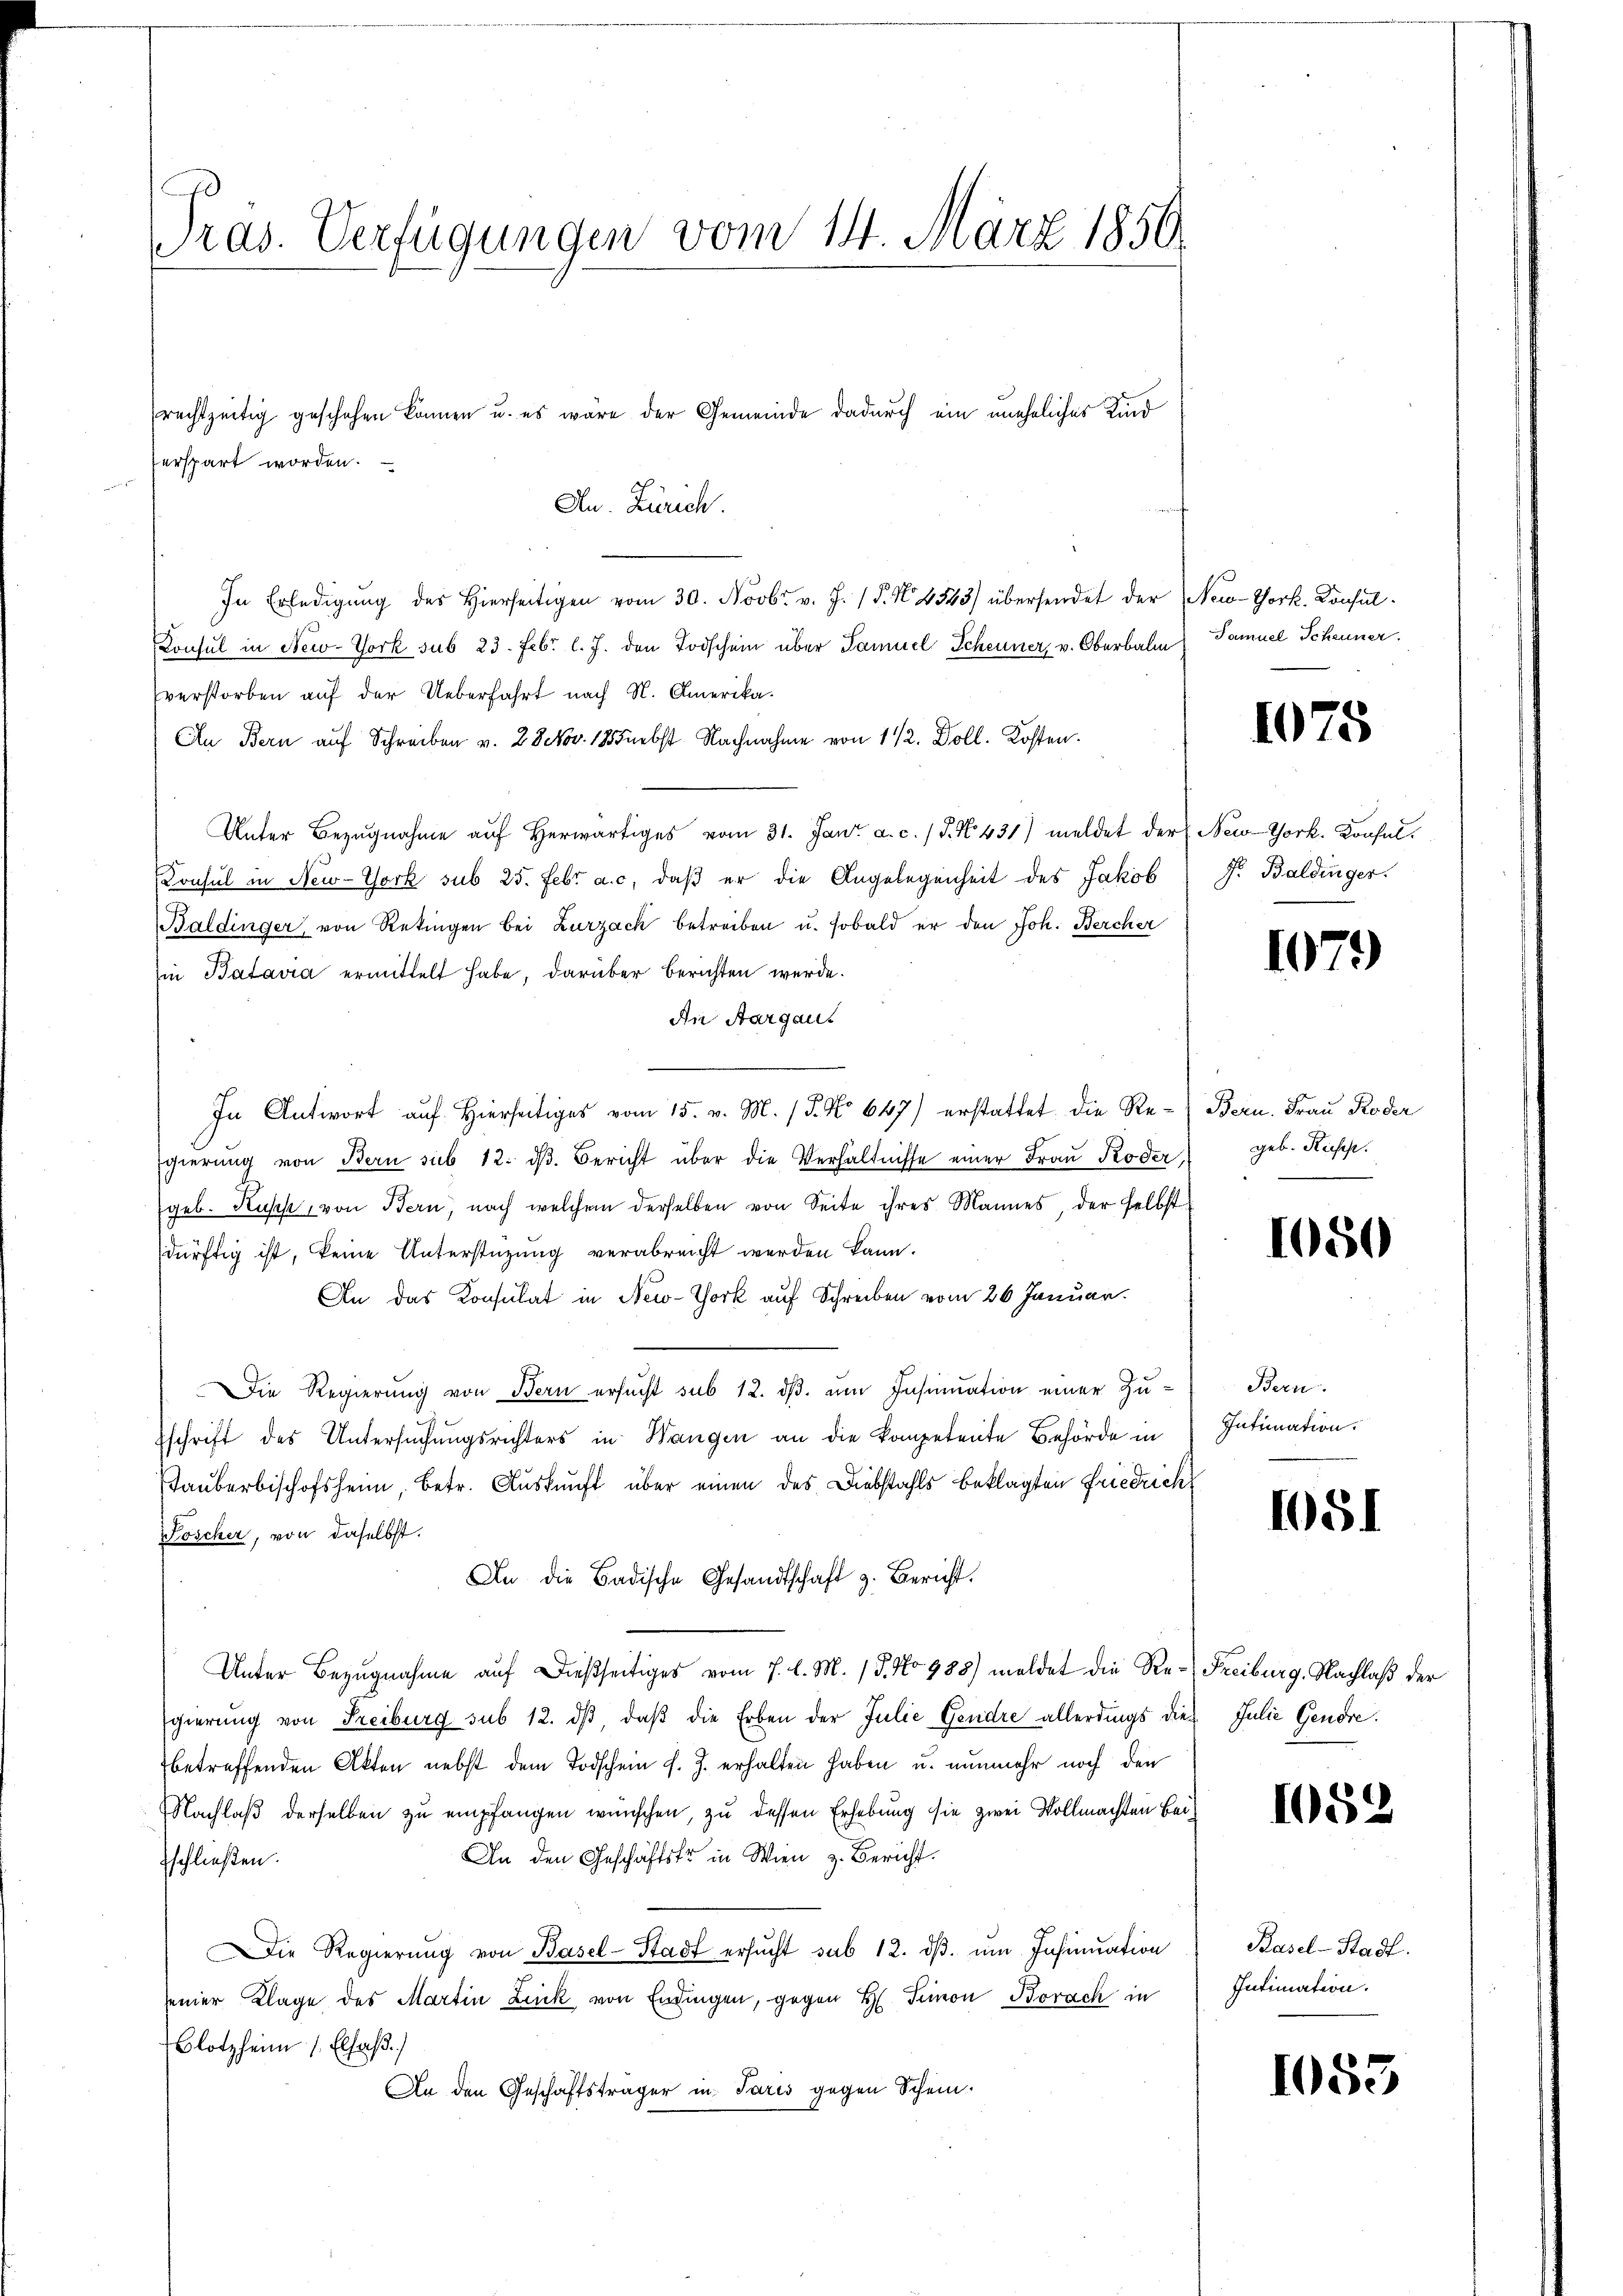
Pras. Verfügungen vom 14. März 1850.

erspart worden.

Au. Zürich.
In Erledigŭng des hierseitigen vom 30. Novbr. v. J. P. N. 4543) übersendet der New-York. Konsul-
Konsul in New-York sub 23. Febr. l. J. den Todschein über Samuel Scheuner, v. Oberbalm
verstorben auf der Ueberfahrt nach N. Amerika.
An Bern auf Schreiben v. 28 Nov. 18 nebst Nachnahme von 1 1/2. Doll. Kosten.
Unter Bezŭgnahme aŭf herwärtiges vom 31. Jan. a. c. 1 S. N. 431) meldet der
Konsul in New-York sub 25. Febr. a. c. daß er die Angelegenheit des Jakob
Baldinger, von Retingen bei Zurzach betreiben u. sobald er den Joh. Bercher
Ein Batavia ermittelt habe, darüber berichten werde.
An Aargaus
In Antwort auf Hierseitiges vom 15. v. M. P. No 647) erstattet die Regierŭng von Bern sub 12. dβ. Bericht über die Verhältnisse einer Frau Roder geb. Keises.
geb. Kuss, von Bern, nach welchem derselben von Seite ihres Mannes, der selbst
dürftig ist, keine Unterstüzung verabreicht werden kann.
An das Konsulat in New-York auf Schreiben vom 26 Januar.
Die Regierung von Bern ersucht sub 12. ds. um Insinuation einer Zusschrift des Untersuchungsrichters in Wangen an die Kompetente Behörde in
Taŭberbischofsheim, betr. Auskunft über einen des Diebstahls beklagten Friedrich
Woscher, von daselbst.
An die Badische Gesandtschaft z. Bericht.
Unter Bezugnahme auf dießseitiges vom 7. l. M. / 5. No 988) meldet die Re-Freiburg, Nachlaß der
Egierung von Freiburg sub 12. dβ, daβ die Erben der Julie Gendre allerdings die Julie Genore.
betreffenden Akten nebst dem Todschein f. J. erhalten haben u. nunmehr noch den
Nachlaß derselben zu empfangen wünschen, zu dessen Erhebung sie zwei Vollmachten Bei¬
An den Geschäftstr in Wien z. Bericht.
fschließen.
Die Regierŭng von Basel-Stadt ersŭcht sub 12. dβ. ŭm Insinuation
seiner Klage des Martin Link von Endingen, gegen H. Seinen Borach in
Blotzheim 1. Elsaß.
An den Geschäftsträger in Paris gegen Schein.

rechtzeitig geschehen können u. es wäre der Gemeinde dadurch ein uneheliches Kind

Samuel Scheuner

1075

New-York. Konsul
Fr. Baldinger.

1079

Bern. Frau Roder

1050

Bern.
Intimation.

1051

1052

Basel-Stadt.
Intimation.

105.

3